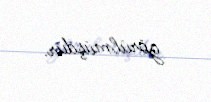
görülmüşdür.